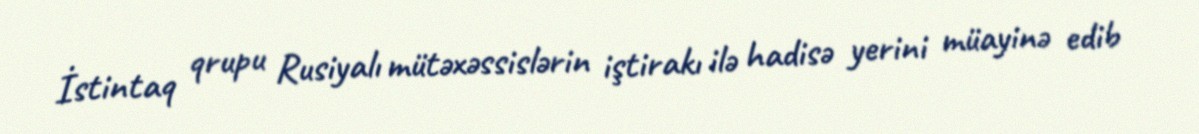
İstintaq qrupu Rusiyalı mütəxəssislərin iştirakı ilə hadisə yerini müayinə edib